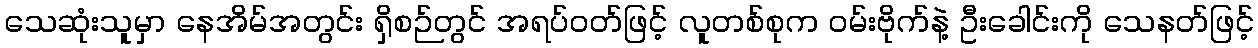
သေဆုံးသူမှာ နေအိမ်အတွင်း ရှိစဉ်တွင် အရပ်ဝတ်ဖြင့် လူတစ်စုက ဝမ်းဗိုက်နဲ့ ဦးခေါင်းကို သေနတ်ဖြင့်